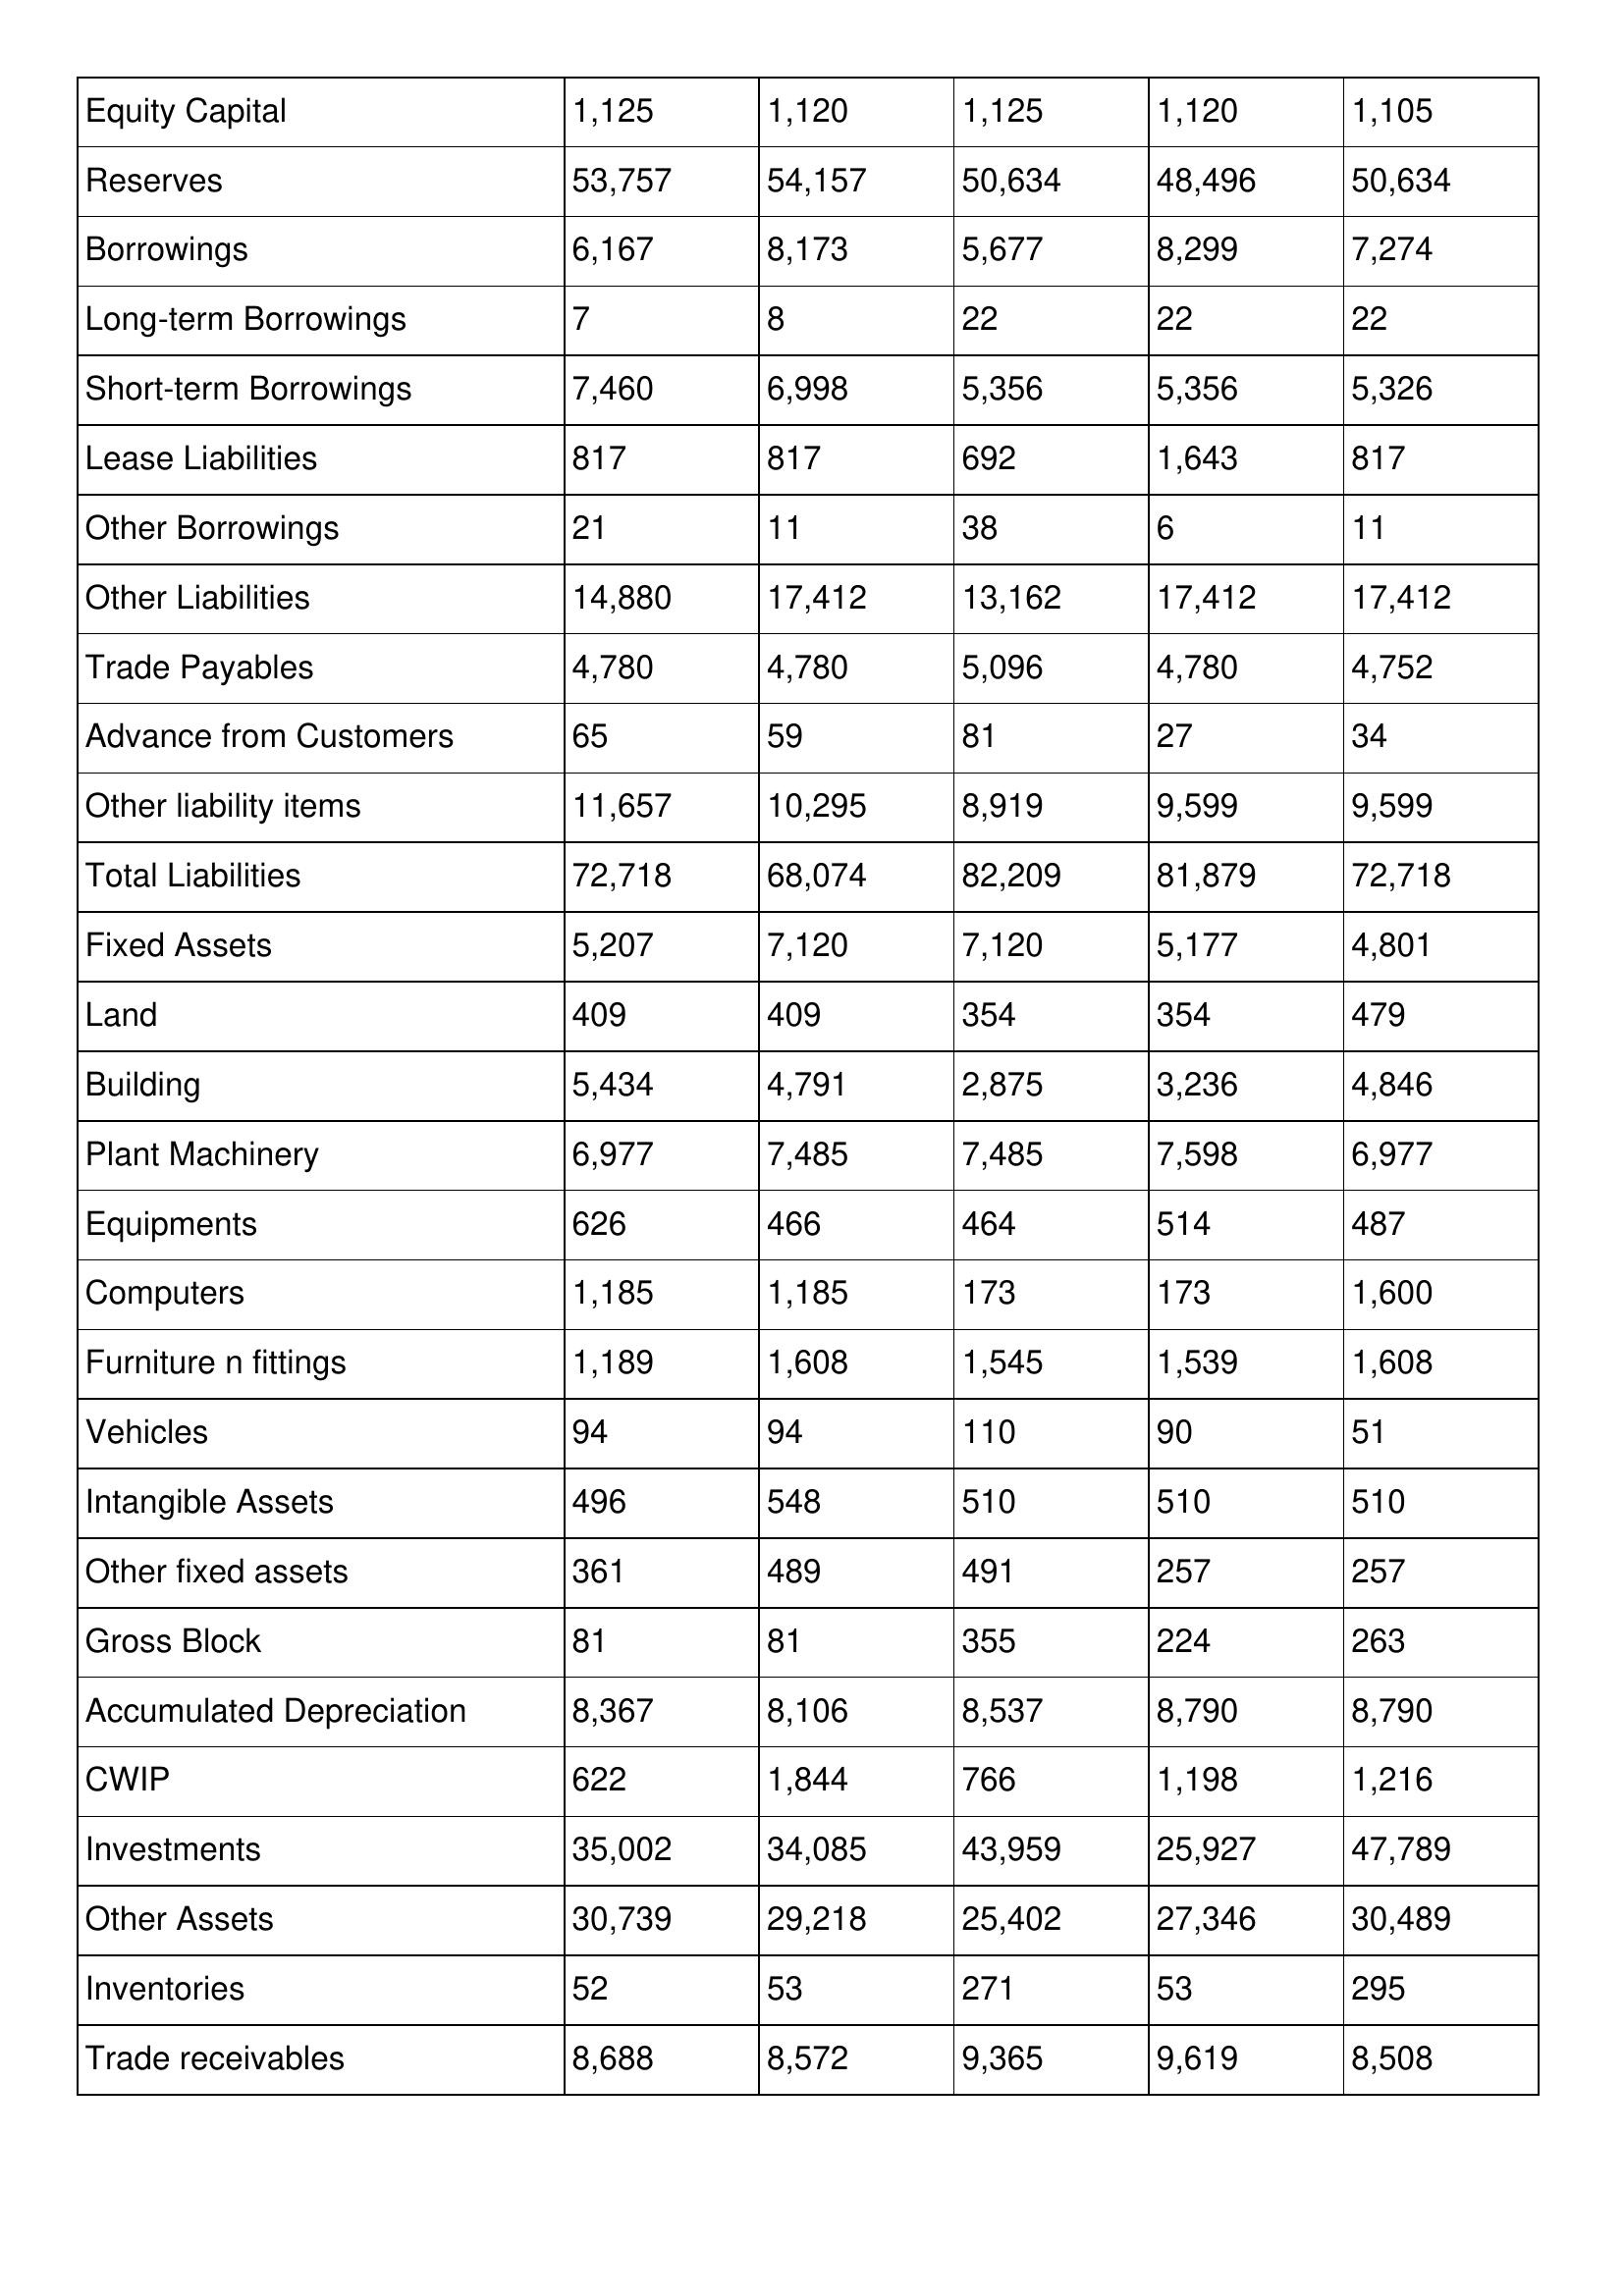
gt_parse: 1995: Balance Sheet: Equity Capital: 1,125
Reserves: 53,757
Borrowings: 6,167
Long-term Borrowings: 7
Short-term Borrowings: 7,460
Lease Liabilities: 817
Other Borrowings: 21
Other Liabilities: 14,880
Trade Payables: 4,780
Advance from Customers: 65
Other liability items: 11,657
Total Liabilities: 72,718
Fixed Assets: 5,207
Land: 409
Building: 5,434
Plant Machinery: 6,977
Equipments: 626
Computers: 1,185
Furniture n fittings: 1,189
Vehicles: 94
Intangible Assets: 496
Other fixed assets: 361
Gross Block: 81
Accumulated Depreciation: 8,367
CWIP: 622
Investments: 35,002
Other Assets: 30,739
Inventories: 52
Trade receivables: 8,688
1994: Balance Sheet: Equity Capital: 1,120
Reserves: 54,157
Borrowings: 8,173
Long-term Borrowings: 8
Short-term Borrowings: 6,998
Lease Liabilities: 817
Other Borrowings: 11
Other Liabilities: 17,412
Trade Payables: 4,780
Advance from Customers: 59
Other liability items: 10,295
Total Liabilities: 68,074
Fixed Assets: 7,120
Land: 409
Building: 4,791
Plant Machinery: 7,485
Equipments: 466
Computers: 1,185
Furniture n fittings: 1,608
Vehicles: 94
Intangible Assets: 548
Other fixed assets: 489
Gross Block: 81
Accumulated Depreciation: 8,106
CWIP: 1,844
Investments: 34,085
Other Assets: 29,218
Inventories: 53
Trade receivables: 8,572
1993: Balance Sheet: Equity Capital: 1,125
Reserves: 50,634
Borrowings: 5,677
Long-term Borrowings: 22
Short-term Borrowings: 5,356
Lease Liabilities: 692
Other Borrowings: 38
Other Liabilities: 13,162
Trade Payables: 5,096
Advance from Customers: 81
Other liability items: 8,919
Total Liabilities: 82,209
Fixed Assets: 7,120
Land: 354
Building: 2,875
Plant Machinery: 7,485
Equipments: 464
Computers: 173
Furniture n fittings: 1,545
Vehicles: 110
Intangible Assets: 510
Other fixed assets: 491
Gross Block: 355
Accumulated Depreciation: 8,537
CWIP: 766
Investments: 43,959
Other Assets: 25,402
Inventories: 271
Trade receivables: 9,365
1992: Balance Sheet: Equity Capital: 1,120
Reserves: 48,496
Borrowings: 8,299
Long-term Borrowings: 22
Short-term Borrowings: 5,356
Lease Liabilities: 1,643
Other Borrowings: 6
Other Liabilities: 17,412
Trade Payables: 4,780
Advance from Customers: 27
Other liability items: 9,599
Total Liabilities: 81,879
Fixed Assets: 5,177
Land: 354
Building: 3,236
Plant Machinery: 7,598
Equipments: 514
Computers: 173
Furniture n fittings: 1,539
Vehicles: 90
Intangible Assets: 510
Other fixed assets: 257
Gross Block: 224
Accumulated Depreciation: 8,790
CWIP: 1,198
Investments: 25,927
Other Assets: 27,346
Inventories: 53
Trade receivables: 9,619
1991: Balance Sheet: Equity Capital: 1,105
Reserves: 50,634
Borrowings: 7,274
Long-term Borrowings: 22
Short-term Borrowings: 5,326
Lease Liabilities: 817
Other Borrowings: 11
Other Liabilities: 17,412
Trade Payables: 4,752
Advance from Customers: 34
Other liability items: 9,599
Total Liabilities: 72,718
Fixed Assets: 4,801
Land: 479
Building: 4,846
Plant Machinery: 6,977
Equipments: 487
Computers: 1,600
Furniture n fittings: 1,608
Vehicles: 51
Intangible Assets: 510
Other fixed assets: 257
Gross Block: 263
Accumulated Depreciation: 8,790
CWIP: 1,216
Investments: 47,789
Other Assets: 30,489
Inventories: 295
Trade receivables: 8,508